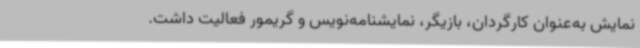
نمایش به‌عنوان کارگردان، بازیگر، نمایشنامه‌نویس و گریمور فعالیت داشت.